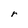
Character: r